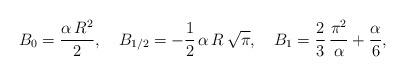
LaTeX: \begin{align*}B_0=\frac{\alpha\,R^2}{2},\quad B_{1/2}=-\frac{1}{2}\,\alpha\,R\,\sqrt \pi,\quad B_1=\frac{2}{3}\,\frac{\pi ^2}{\alpha}+\frac{\alpha}{6},\end{align*}